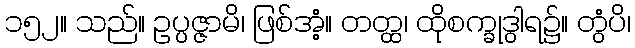
၁၅၂။ သည်။ ဥပ္ပဇ္ဇာမိ၊ ဖြစ်အံ့။ တတ္ထ၊ ထိုစက္ခုဒွါရ၌။ တွံပိ၊